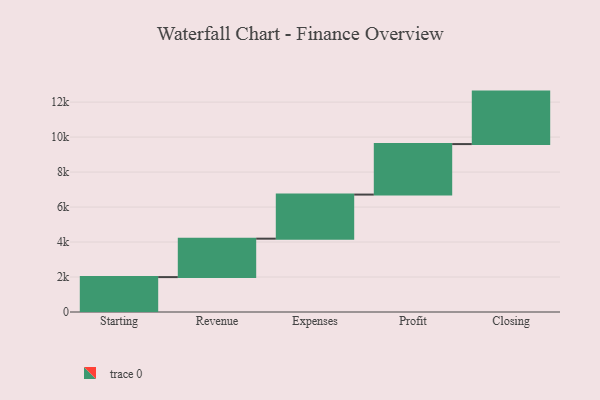
{"axis": {"x": "Step", "y": "Value"}, "legend": [""], "data": [{"x": "Starting", "y": 1995.0, "type": ""}, {"x": "Revenue", "y": 2197.0, "type": ""}, {"x": "Expenses", "y": 2521.0, "type": ""}, {"x": "Profit", "y": 2887.0, "type": ""}, {"x": "Closing", "y": 3000, "type": ""}]}